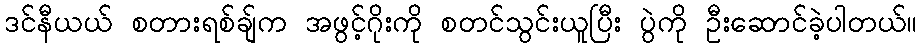
ဒင်နီယယ် စတားရစ်ချ်က အဖွင့်ဂိုးကို စတင်သွင်းယူပြီး ပွဲကို ဦးဆောင်ခဲ့ပါတယ်။